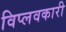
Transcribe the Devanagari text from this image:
विप्लवकारी